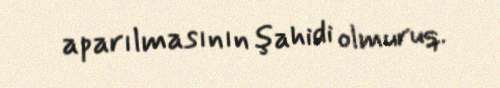
aparılmasının şahidi olmuruq.